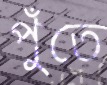
পুঁতে